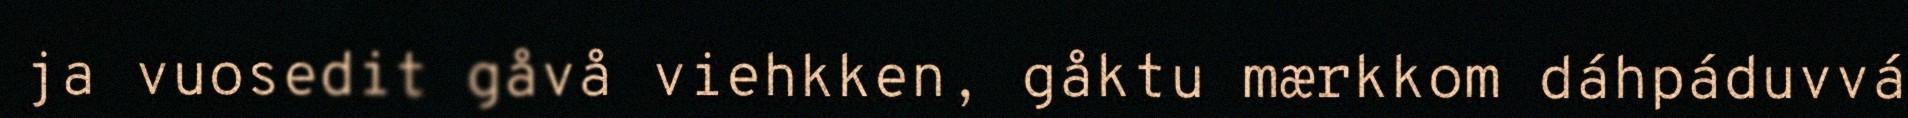
ja vuosedit gåvå viehkken, gåktu mærkkom dáhpáduvvá